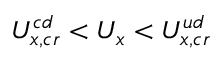
U _ { x , c r } ^ { c d } < U _ { x } < U _ { x , c r } ^ { u d }